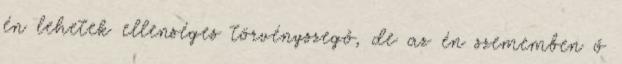
én lehetek ellenséges törvényszegő, de az én szememben ő